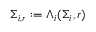
\Sigma _ { i , r } : = \Lambda _ { i } ( \Sigma _ { i } , r )